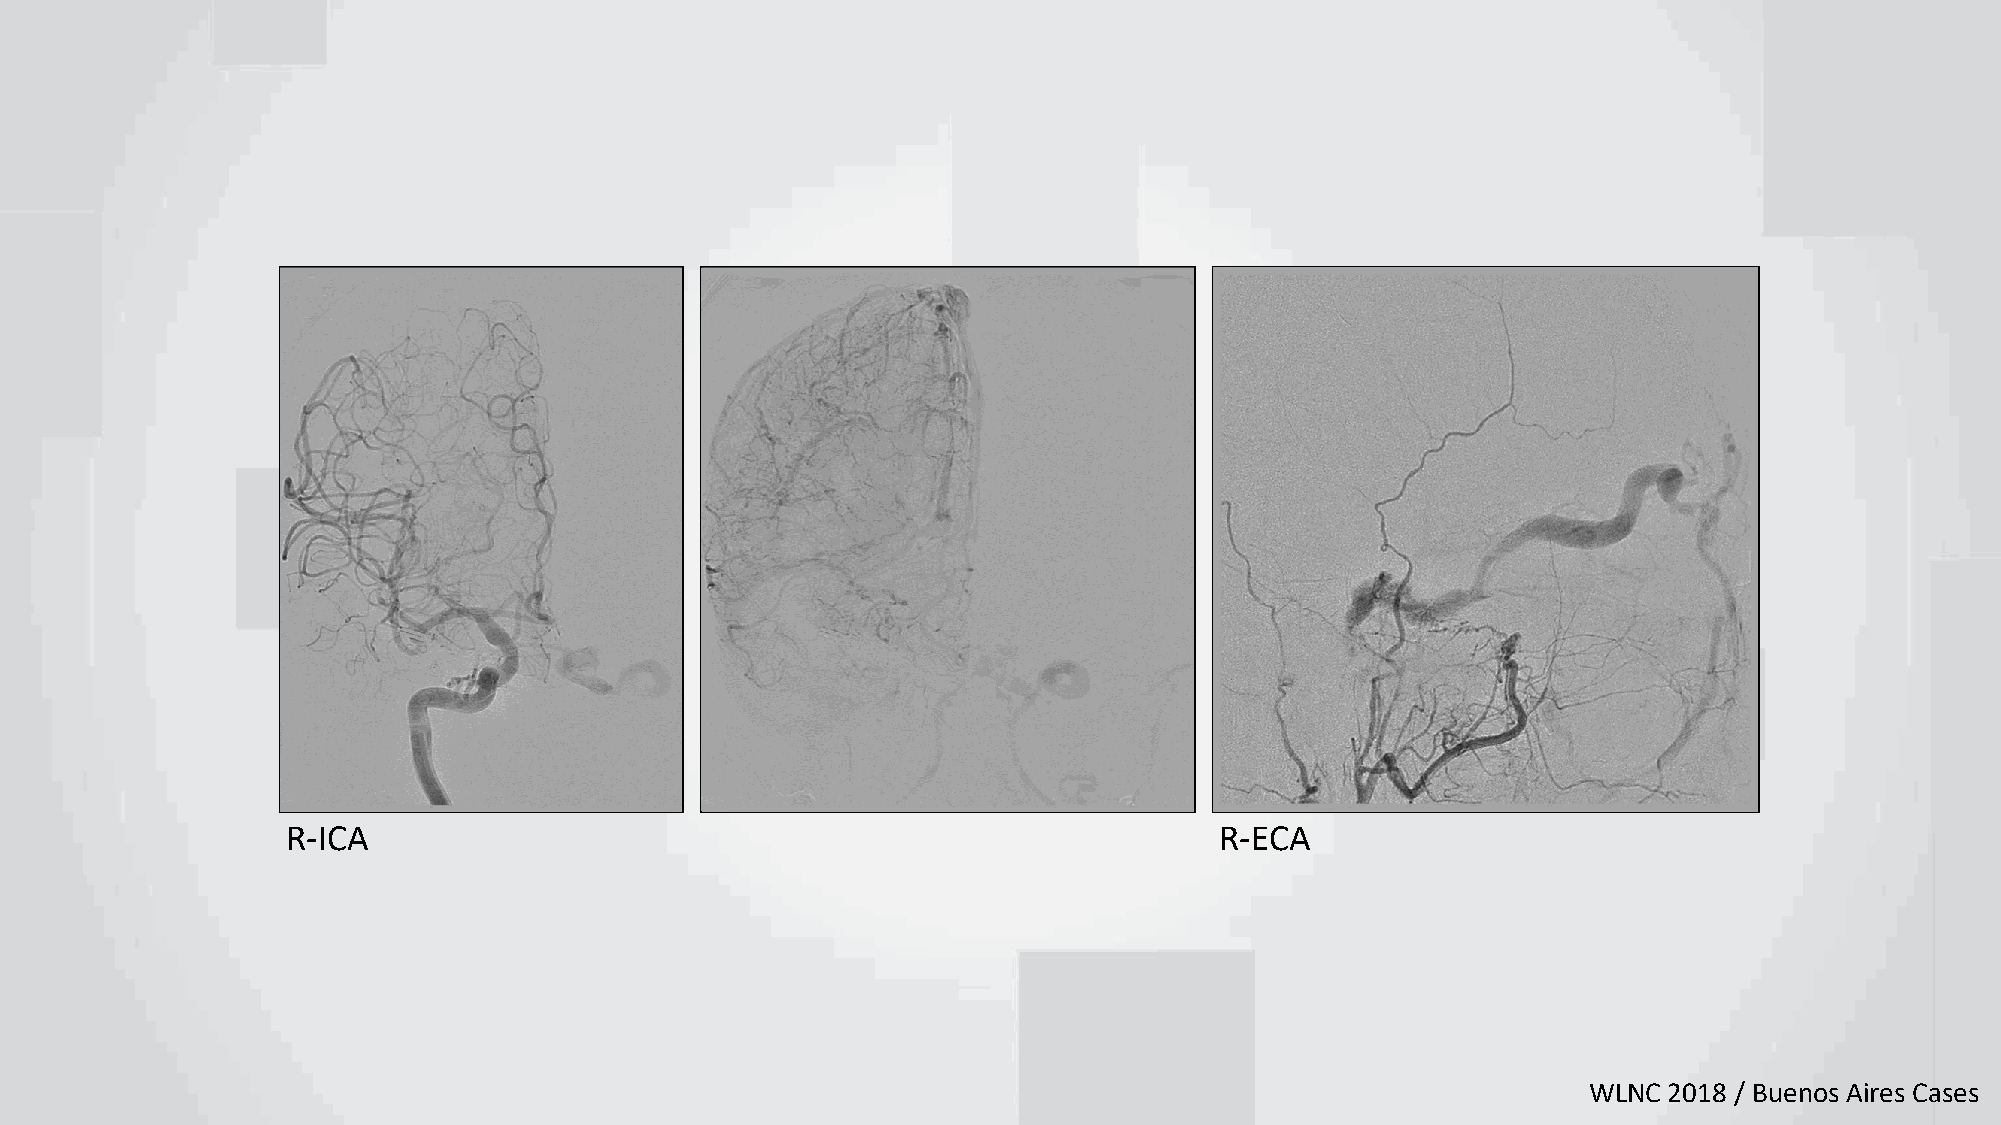
R-ICA                                                         R-ECA
 WLNC 2018 / Buenos Aires Cases